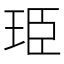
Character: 𮴐